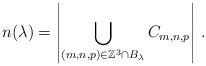
LaTeX: \begin{align*} n(\lambda)=\left|\bigcup_{(m,n,p)\in \mathbb{Z}^3\cap B_{\lambda}}C_{m,n,p}\right|\,. \end{align*}